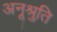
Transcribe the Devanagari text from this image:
अनूश्रुति